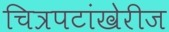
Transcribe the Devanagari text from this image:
चित्रपटांखेरीज